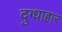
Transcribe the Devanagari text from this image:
दुग्धाहार